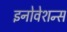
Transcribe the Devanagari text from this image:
इनोवेशन्स